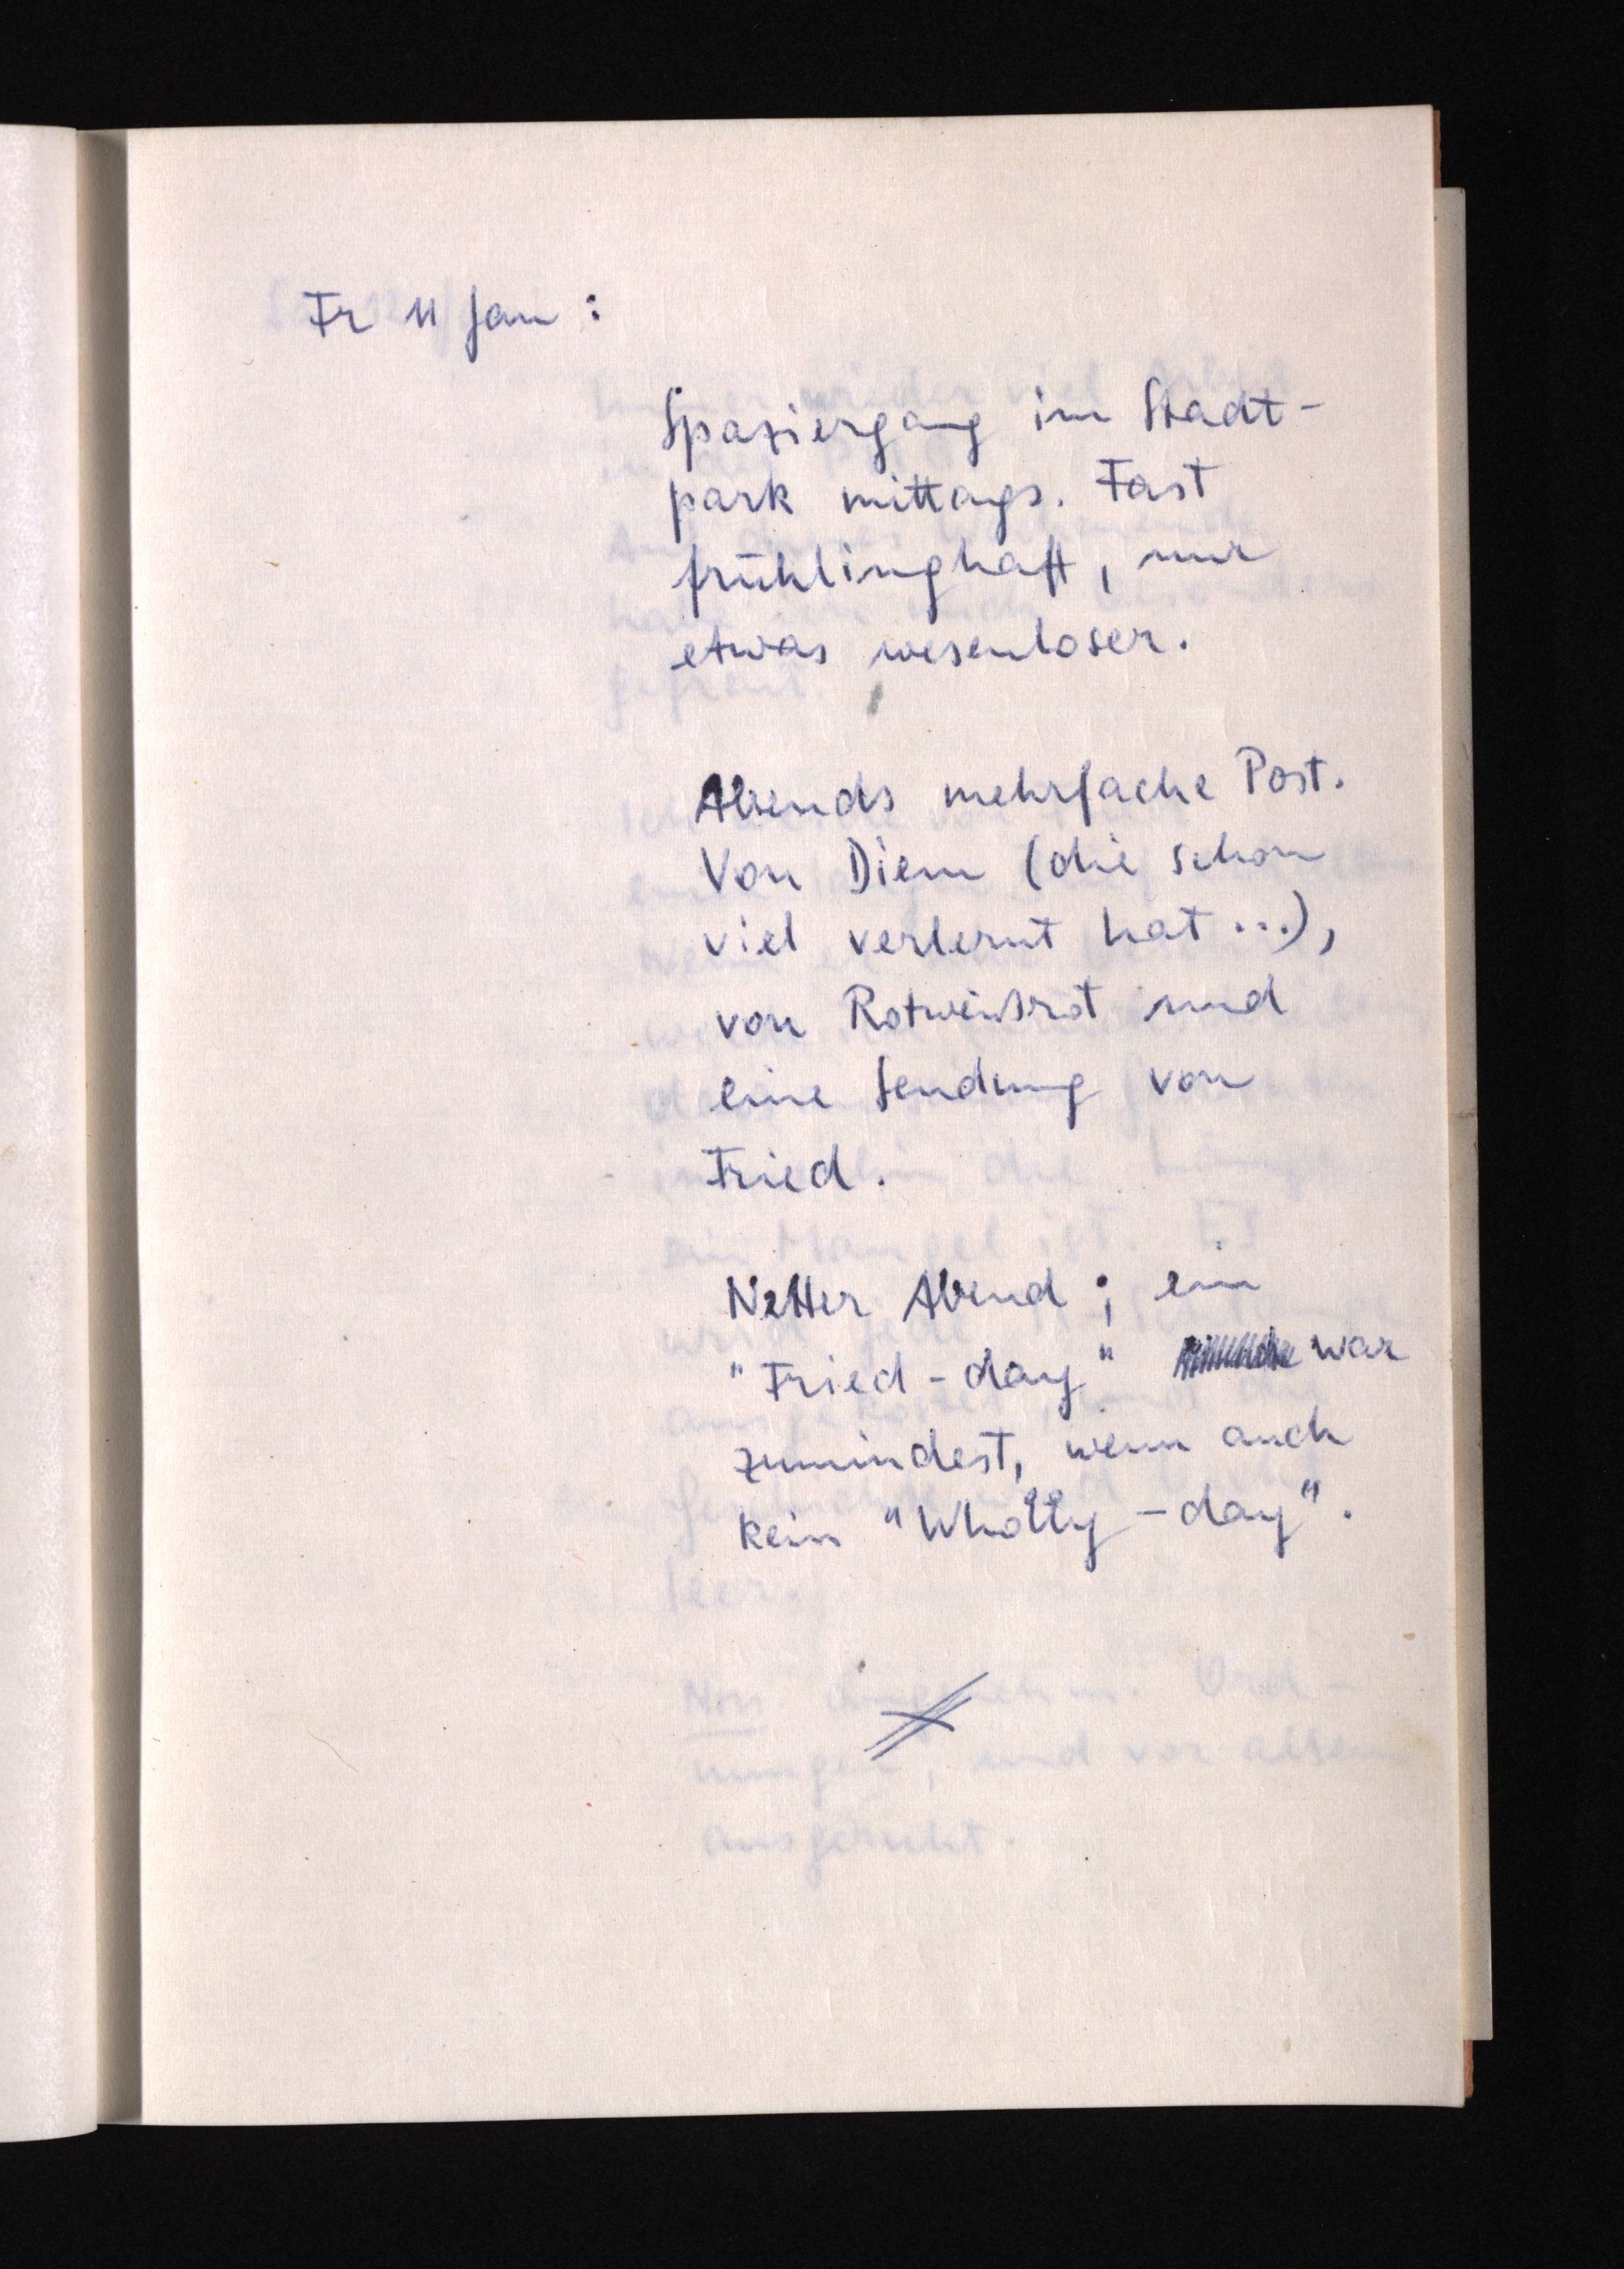
Fr 11 Jan:
Spaziergang im Stadt¬
park mittags. Fast
frühlingshaft, nur
etwas wesenloser.
Abends mehrfache Post.
Von Diem (die schon
viel verlernt hat ...),
von Rotweißrot und
eine Sendung von
Fried.
Netter Abend; ein
"Fried-day"  war
zumindest, wenn auch
kein "Wholly-day".